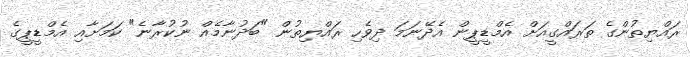
ރައްޔިތުންގެ ތަރައްގީއަށް އެމްޑީޕީން އެދޭނަމަ ދިވެހި ރައްޔިތުން "ބަދުނާމެއް ނުކުރާނެ" ކަމަށާއި އެމްޑީޕީގެ